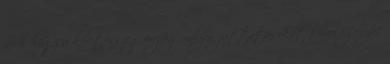
arról hogy a keretösszeg erejéig milyen juttatásokat kíván igénybe